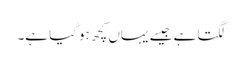
لگتا ہے جیسے یہاں کچھ ہوگیا ہے۔